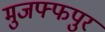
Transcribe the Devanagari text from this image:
मुजफ्फपुर